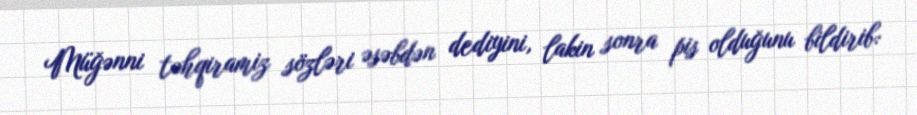
Müğənni təhqiramiz sözləri əsəbdən dediyini, lakin sonra pis olduğunu bildirib: